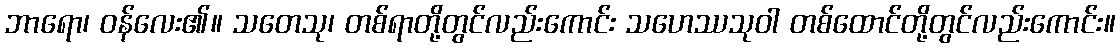
ဘာရော၊ ဝန်လေး၏။ သတေသု၊ တစ်ရာတို့တွင်လည်းကောင်း သဟေဿသုဝါ တစ်ထောင်တို့တွင်လည်းကောင်း။